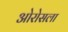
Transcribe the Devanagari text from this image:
ओरोसला